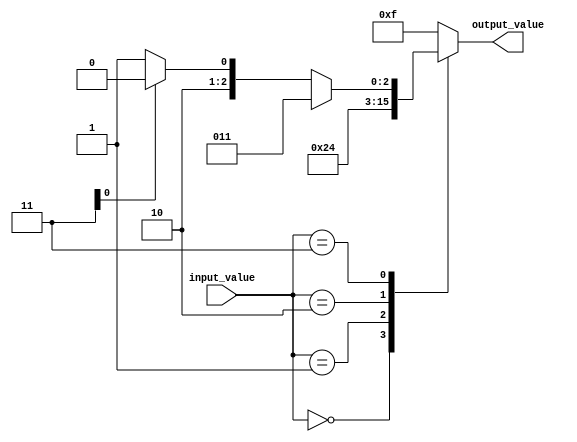
module case_statement_behavioural_model (
    input wire [2:0] input_value,
    output reg [3:0] output_value
);

always @* begin
    case (input_value)
        3'd0: output_value = 4'd0;
        3'd1: output_value = 4'd1;
        3'd2: output_value = 4'd2;
        3'd3: begin
            if (additional_condition_1) begin
                output_value = 4'd3;
            end
            else if (additional_condition_2) begin
                output_value = 4'd4;
            end
            else begin
                output_value = 4'd5;
            end
        end
        default: output_value = 4'd15;
    endcase
end

endmodule